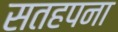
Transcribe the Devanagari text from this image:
सतहपना